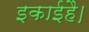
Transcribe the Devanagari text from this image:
इकाईहै।